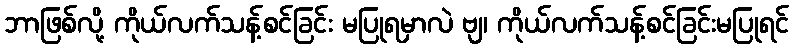
ဘာဖြစ်လို့ ကိုယ်လက်သန့်စင်ခြင်း မပြုရမှာလဲ ဗျ၊ ကိုယ်လက်သန့်စင်ခြင်းမပြုရင်